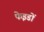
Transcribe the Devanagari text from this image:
फेइडों